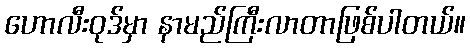
ဟောလီးဝုဒ်မှာ နာမည်ကြီးလာတာဖြစ်ပါတယ်။